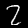
Digit: 2